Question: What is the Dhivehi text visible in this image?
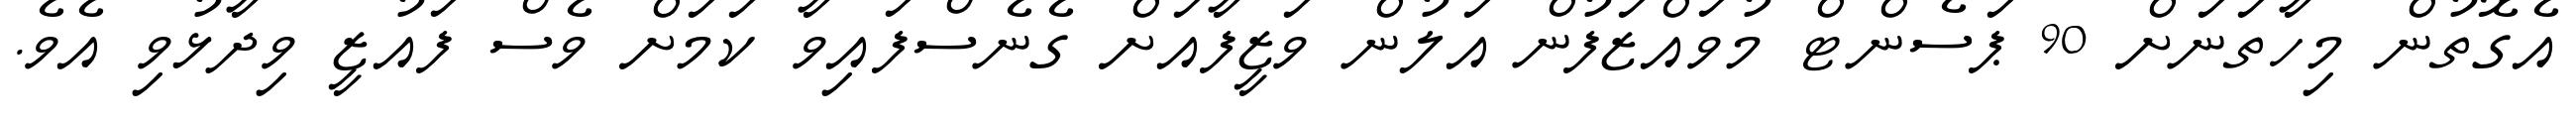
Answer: އެގޮތުން މިހާތަނަށް 90 ޕަސެންޓް މުވައްޒަފުން އަލުން ވަޒީފާއަށް ގެނެސްފައިވާ ކަމަށް ވެސް ފައުޒީ ވިދާޅުވި އެވެ.